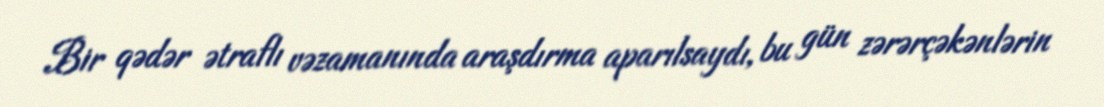
Bir qədər ətraflı vəzamanında araşdırma aparılsaydı, bu gün zərərçəkənlərin